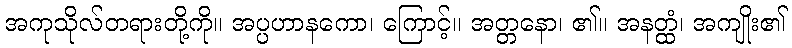
အကုသိုလ်တရားတို့ကို။ အပ္ပဟာနကော၊ ကြောင့်။ အတ္တနော၊ ၏။ အနတ္ထံ၊ အကျိုး၏